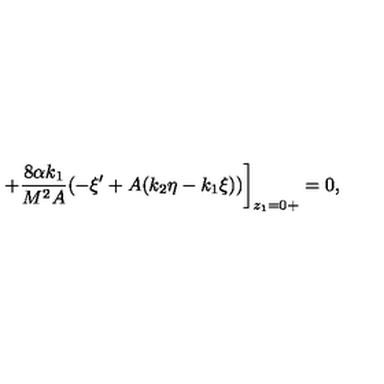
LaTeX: + \frac { 8 \alpha k _ { 1 } } { M ^ { 2 } A } ( - \xi ^ { \prime } + A ( k _ { 2 } \eta - k _ { 1 } \xi ) ) \bigg ] _ { z _ { 1 } = 0 + } = 0 ,